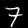
Label: 7